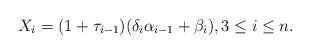
LaTeX: \begin{align*}X_i = (1 + \tau_{i-1})(\delta_i \alpha_{i-1} + \beta_i), 3 \leq i \leq n.\end{align*}